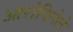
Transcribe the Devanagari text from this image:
आरोपिलेले